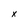
Character: x